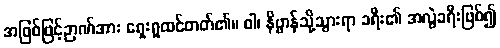
အဖြစ်ဖြင့်ဉာဏ်အား ရှေးရှုထင်တတ်၏။ ဝါ၊ နိဗ္ဗာန်သို့သွားရာ ခရီး၏ အလွဲခရီးဖြစ်၍